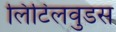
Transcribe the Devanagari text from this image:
लिटिलवुडस